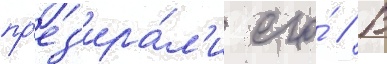
пр'ез'ира́л'и его́ // В